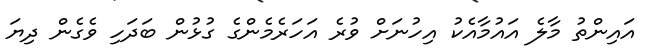
އައިންތު މާލެ އައުމާއެކު އިހުނަށް ވުރެ އަހަރެމެންގެ ގުޅުން ބަދަހި ވެގެން ދިޔަ